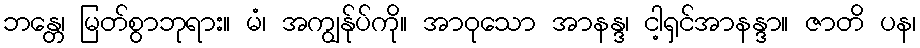
ဘန္တေ၊ မြတ်စွာဘုရား။ မံ၊ အကျွန်ုပ်ကို။ အာဝုသော အာနန္ဒ၊ ငါ့ရှင်အာနန္ဒာ။ ဇာတိ ပန၊